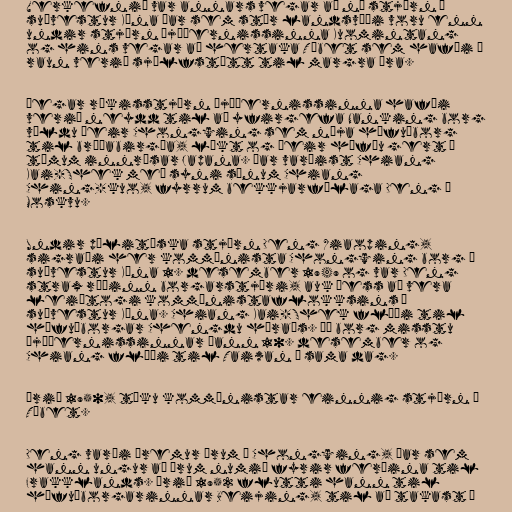
Verkefnið var annars vegar að ná stjórn á
suðvestur Kína þar sem stór landsvæði voru enn
undir stjórn þjóðernissinna Kuomintang
og hins vegar að hertaka Tíbet sem hafði í
raun verið sjálfstætt til margra ára.

Þegar ríkisstjórn þjóðernissinna hafði
verið neydd til að yfirgefa Nanking borg
völdu þeir Chongqing sem nýja höfuðborg
til bráðabirgða, líkt og þeir höfðu gert á
tímum innrásar Japana. Þar varðist Chiang
Kai-Shek með syni sínum Chiang
Ching-kuo, fyrrum bekkjarfélaga Deng í
Moskvu.

Undir pólitíska stjórn Deng Xiaoping,
sigraði her kommúnista Chongqing borg í
suðvestur Kína 1. desember 1949 og var Deng
strax ráðinn borgarstjóri, auk þess að vera
leiðtogi kommúnistaflokksins í
suðvestur Kína. Chiang Kai-Shek flýði til
höfuðborgar Chengdu héraðs. Þá borg misstu
þjóðernissinnar þann 10. desember og
Chiang flúði til Taiwan á sama dag.

Árið 1950, tóku kommúnistar einnig stjórn á
Tíbet.

Deng varði þremur árum í Chongqing, þar sem
hann ungur að árum numið fyrir ferðina til
Frakklands. Árið 1952 flutti hann til
höfuðborgarinnar Beijing, til að takast á